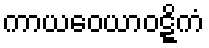
ကာယဝေယာဝဋ္ဋိကံ